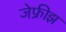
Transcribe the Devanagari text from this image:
जेफ्रीझ